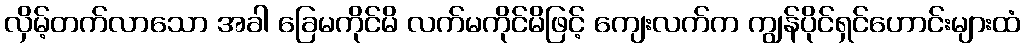
လှိမ့်တက်လာသော အခါ ခြေမကိုင်မိ လက်မကိုင်မိဖြင့် ကျေးလက်က ကျွန်ပိုင်ရှင်ဟောင်းများထံ